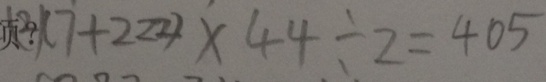
页 ? ( 2 ) ( 7 + 2 2 2 ) \times 4 4 \div 2 = 4 0 5